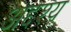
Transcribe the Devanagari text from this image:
अद्दश्य